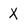
Character: X